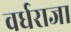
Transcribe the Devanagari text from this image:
वर्धराजा